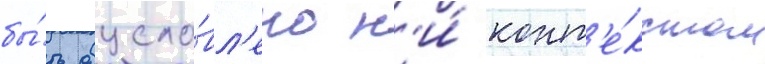
бы́ть обусло́вл'ено н'и́ конт'е́кстом